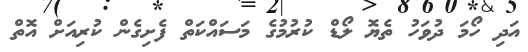
އަދި ހޯމަ ދުވަހު ތެޔޮ ލޯޑް ކުރުމުގެ މަސައްކަތް ފެށިގެން ކުރިއަށް އޮތް